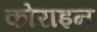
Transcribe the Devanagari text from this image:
कोराइन